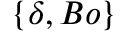
\{ \delta , B o \}